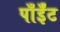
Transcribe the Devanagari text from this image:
पाँईँट